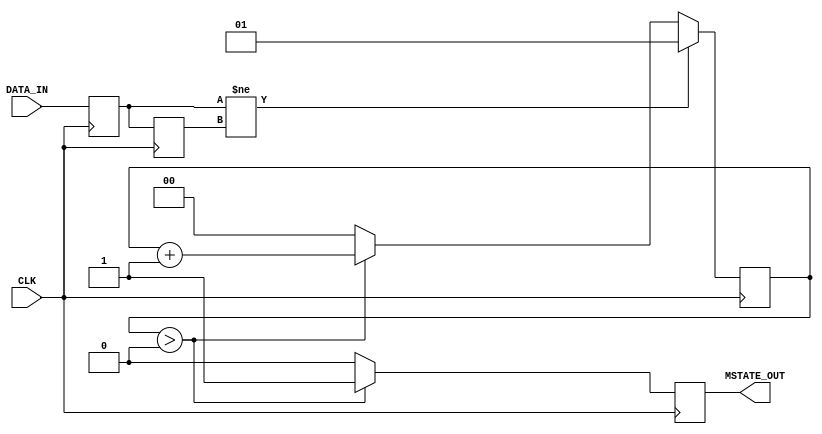
module MetastabilityDetector (
    input wire DATA_IN,        // Input signal from asynchronous source
    input wire CLK,            // Synchronous clock
    output reg MSTATE_OUT      // Metastability indicator output
);

    reg FF1_Q;                // Output of first flip-flop
    reg FF2_Q;                // Output of second flip-flop
    reg [1:0] pulse_counter;   // Counter for pulse generation
    parameter PULSE_WIDTH = 2; // Adjust this parameter for pulse duration

    // Flip-flops to sample the DATA_IN signal
    always @(posedge CLK) begin
        FF1_Q <= DATA_IN;     // Sample the input signal
        FF2_Q <= FF1_Q;       // Sample the output of the first flip-flop
    end

    // Pulse generator logic to detect metastability
    always @(posedge CLK) begin
        // Check for transition between FF1_Q and FF2_Q
        if (FF1_Q != FF2_Q) begin
            pulse_counter <= 2'b01;  // Trigger pulse
        end else if (pulse_counter > 0) begin
            pulse_counter <= pulse_counter + 1'b1; // Continue pulse if active
        end else begin
            pulse_counter <= 2'b00; // Reset pulse counter
        end
        
        // Generate metastability output signal based on pulse_counter
        if (pulse_counter > 0) begin
            MSTATE_OUT <= 1'b1; // Indicate metastability
        end else begin
            MSTATE_OUT <= 1'b0; // No metastability
        end
    end

endmodule